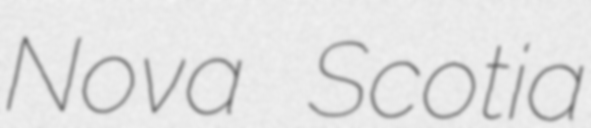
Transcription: Nova Scotia